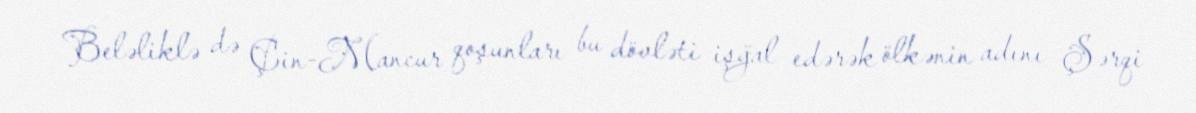
Beləliklə də Çin-Mancur qoşunları bu dövləti işğal edərək ölkənin adını Şərqi